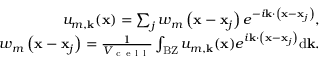
\begin{array} { r } { u _ { m , \mathbf { k } } ( \mathbf { x } ) = \sum _ { j } w _ { m } \left( \mathbf { x } - \mathbf { x } _ { j } \right) e ^ { - i \mathbf { k } \cdot \left( \mathbf { x } - \mathbf { x } _ { j } \right) } , } \\ { w _ { m } \left( \mathbf { x } - \mathbf { x } _ { j } \right) = \frac { 1 } { V _ { \mathrm { ~ c ~ e ~ l ~ l ~ } } } \int _ { \mathrm { B Z } } u _ { m , \mathbf { k } } ( \mathbf { x } ) e ^ { i \mathbf { k } \cdot \left( \mathbf { x } - \mathbf { x } _ { j } \right) } \mathrm { d } \mathbf { k } . } \end{array}